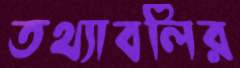
তথ্যাবলির